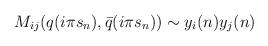
LaTeX: \begin{align*}M_{ij}(q(i\pi s_{n}),\bar{q}(i\pi s_{n}))\sim y_{i}(n)y_{j}(n) \end{align*}